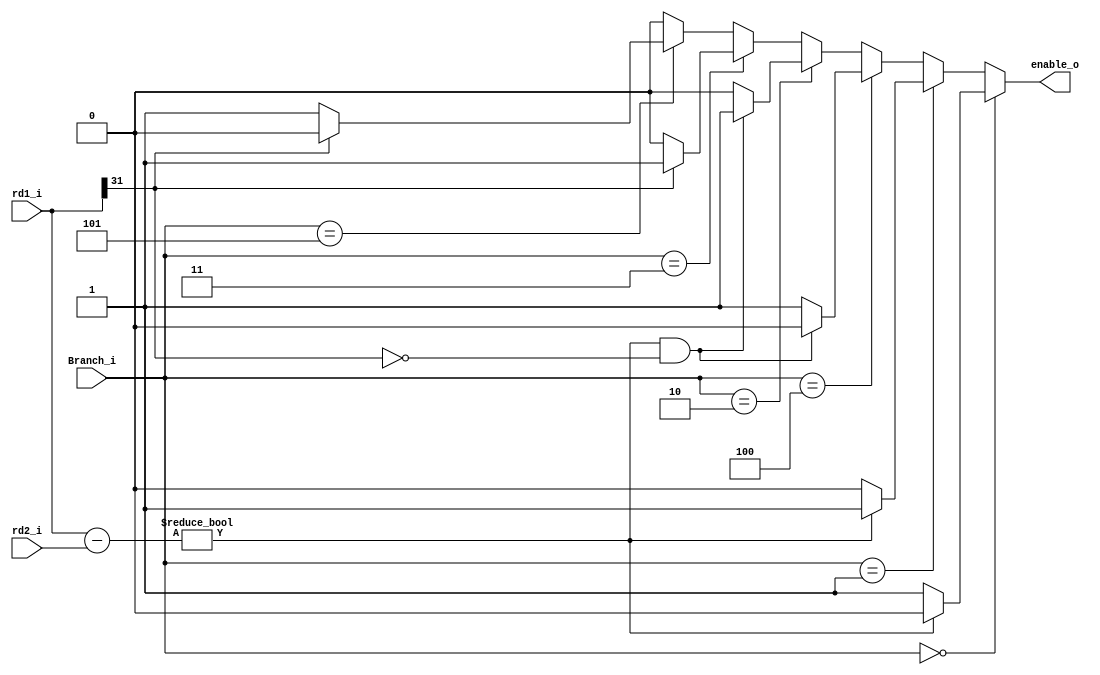
module Branch_Ctrl(
  input [2:0]  Branch_i,//signal to determine which branch instruction is executing
  input [31:0] rd1_i,//rs, read data
  input [31:0] rd2_i,//rt, read data
  
  output       enable_o
  );
  reg enable, Zero;
  reg [31:0] outcome;
  always@(*)
  begin
    outcome = rd1_i - rd2_i;
    if (outcome) Zero = 1'b0;
    else Zero = 1'b1;
    if (Branch_i == 3'b000)//beq
      begin
        if (Zero == 1'b1) enable = 1'b1;
        else enable = 1'b0;
      end
    else if (Branch_i == 3'b001)//bne
      begin
        if (Zero == 1'b0) enable = 1'b1;
        else enable = 1'b0;
      end
    else if (Branch_i == 3'b100)//blez
      begin
        if (Zero == 1'b0 && rd1_i[31] == 0) enable = 1'b0;
        else enable = 1'b1;
      end
    else if (Branch_i == 3'b010)//bgtz
      begin
        if (Zero == 1'b0 && rd1_i[31] == 0) enable = 1'b1;
        else enable = 1'b0;
      end
    else if (Branch_i == 3'b011)//bltz
      begin
        if (rd1_i[31]) enable = 1'b1;
        else enable = 1'b0;
      end
    else if (Branch_i == 3'b101)//bgez
      begin
        if (rd1_i[31]) enable = 1'b0;
        else enable = 1'b1;
      end
    else enable = 1'b0;
  end
  assign enable_o = enable;
endmodule